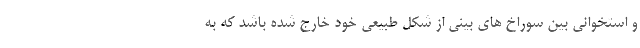
و استخوانی بین سوراخ های بینی از شکل طبیعی خود خارج شده باشد که به